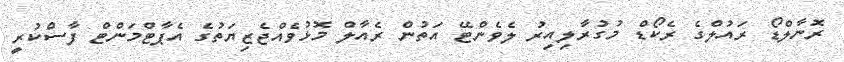
ރޮނާލްޑޯ ރައުލްގެ ރެކޯޑް މުގުރާލިއިރު ލެވެންޓޭ އަތުން ރެއާލް މޮޅުވެއްޖެޒިޔަތުގެ އެޕާޓްމަންޓް ފާސްކުރީ